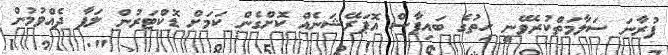
ފުރާނަ ސަލާމަތްކުރެވޭނީ ހިތުގެ ބައިޕާސް އޮޕަރޭޝަނެއް ކޮށްގެން ކަމަށް ޑޮކްޓަރުން ލަފާ ދެއްވުމުން